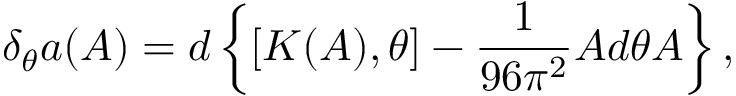
\delta _ { \theta } a ( A ) = d \left\{ [ K ( A ) , \theta ] - \frac { 1 } { 9 6 \pi ^ { 2 } } A d \theta A \right\} ,